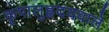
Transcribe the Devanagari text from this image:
कृपालुहृदयवाले